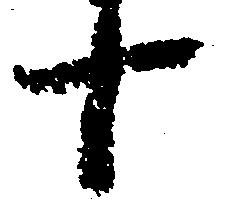
十